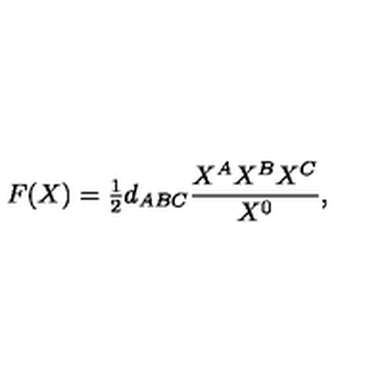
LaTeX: F ( X ) = { \textstyle { \frac { 1 } { 2 } } } d _ { A B C } { \frac { X ^ { A } X ^ { B } X ^ { C } } { X ^ { 0 } } } ,